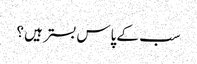
سب کے پاس بستر ہیں ؟